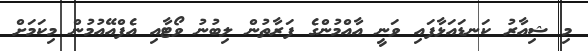
މި ޝިއާރު ކަނޑައަޅާފައި ވަނީ އާއްމުންގެ ފަރާތުން ލިބުނު ވޯޓާއި އެފްއޭއުމުން މިކަމަށް